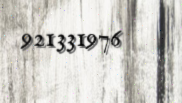
921331976